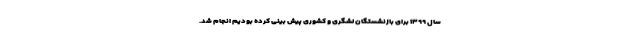
سال ۱۳۹۹ برای بازنشستگان لشگری و کشوری پیش بینی کرده بودیم انجام شد.